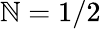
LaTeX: \mathbb{N}=1/2